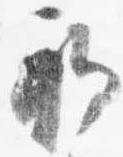
初